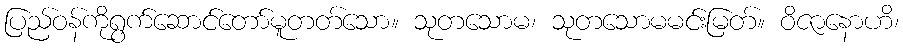
ပြည်ဝန်ကိုရွက်ဆောင်တော်မူတတ်သော။ သုတသောမ၊ သုတသောမမင်းမြတ်။ ဝိဇာနောဟိ၊